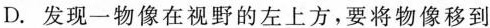
D. 发现一物像在视野的左上方，要将物像移到